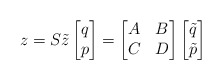
\begin{align*} z = S \tilde{z} \begin{bmatrix} q \\ p \end{bmatrix} = \begin{bmatrix} A & B \\ C & D \end{bmatrix} \begin{bmatrix} \tilde{q} \\ \tilde{p} \end{bmatrix}\end{align*}